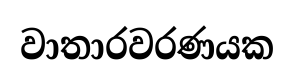
වාතාරවරණයක